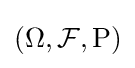
(\Omega ,{\mathcal {F}},\operatorname {P} )